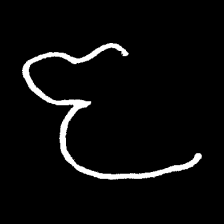
Pyu character \u2014 Myanmar letter: ဇ (romanized: ja)